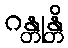
ဂန္တုန္တိ